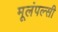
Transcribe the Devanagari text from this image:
मूलंपल्सी